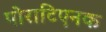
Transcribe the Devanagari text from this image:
पोराटिएनक